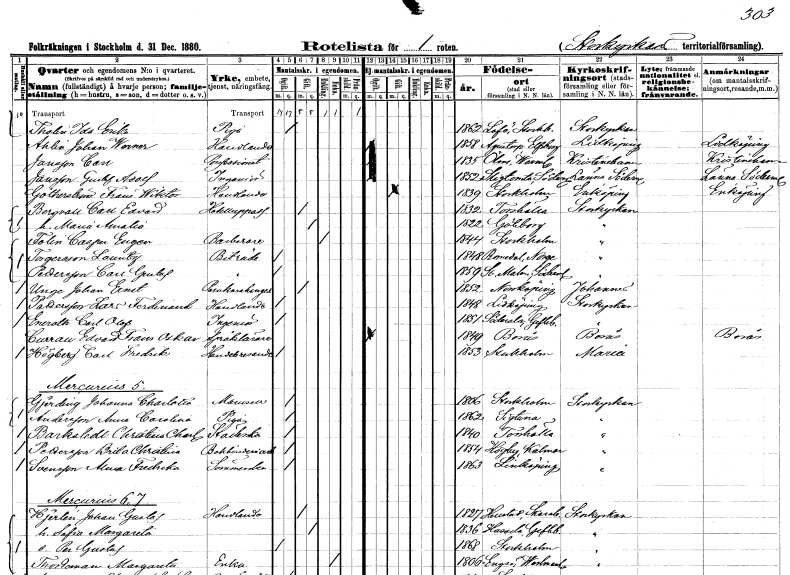
gt_parse: households: individuals: FN: Ida Erika
EN: Tholin
YRKE: Piga
KON: K
CIV: O
FODAR: 1862
FODFORS: Lovö Stockholms län
FN: Johan Werner
EN: Ahlin
YRKE: Handlande
KON: M
CIV: O
FODAR: 1858
FODFORS: Agnetorp Skaraborgs län
FN: Carl
EN: Jansson
YRKE: Possessionat
KON: M
CIV: O
FODAR: 1835
FODFORS: Ölme Värmlands län
FN: Gustaf Adolf
EN: Jansson
YRKE: Ingenjör
KON: M
CIV: O
FODAR: 1852
FODFORS: Stigtomta Södermanlands län
FN: Frans Wiktor
EN: Götherström
YRKE: Handlande
KON: M
CIV: O
FODAR: 1839
FODFORS: Stockholm
FN: Carl Edvard
EN: Bergvall
YRKE: Hotelluppassare
KON: M
CIV: G
FODAR: 1832
FODFORS: Torshälla Södermanlands län
FN: Maria Amalia
KON: K
CIV: G
FODAR: 1822
FODFORS: Göteborg Göteborgs- och Bohuslän
FN: Casper Eugen
EN: Folin
YRKE: Barberare
KON: M
CIV: E
FODAR: 1844
FODFORS: Stockholm
FN: Laurentz
EN: Torgersson
YRKE: Biträde
KON: M
CIV: O
FODAR: 1848
FN: Carl Gustaf
EN: Pettersson
YRKE: Biträde
KON: M
CIV: O
FODAR: 1859
FODFORS: Stora Malm Södermanlands län
FN: Johan Ernst
EN: Unge
YRKE: Perukmakaregesäll
KON: M
CIV: G
FODAR: 1852
FODFORS: Norrköping Östergötlands län
FN: Lars Ferdinand
EN: Pettersson
YRKE: Handlande
KON: M
CIV: O
FODAR: 1848
FODFORS: Lidköping Skaraborgs län
FN: Carl Olof
EN: Eneroth
YRKE: Ingenjör
KON: M
CIV: O
FODAR: 1851
FODFORS: Söderala Gävleborgs län
FN: Edvard Frans Oskar
EN: Currau
YRKE: Språklärare
KON: M
CIV: O
FODAR: 1849
FODFORS: Borås Älvsborgs län
FN: Carl Fredrik
EN: Högberg
YRKE: Handelsresande
KON: M
CIV: O
FODAR: 1853
FODFORS: Stockholm
FN: Johanna Charlotta
EN: Gjerding
KON: K
CIV: O
FODAR: 1806
FODFORS: Stockholm
FN: Anna Carolina
EN: Andersson
YRKE: Piga
KON: K
CIV: O
FODAR: 1862
FODFORS: Sigtuna Stockholms län
FN: Christina Charlotta
EN: Barkstedt
YRKE: Städerska
KON: K
CIV: O
FODAR: 1840
FODFORS: Torshälla Södermanlands län
FN: Brita Christina
EN: Pettersson
YRKE: Bokbinderiarbetare
KON: K
CIV: O
FODAR: 1854
FODFORS: Högby Kalmar län
FN: Anna Fredrika
EN: Svensson
YRKE: Sömmerska
KON: K
CIV: O
FODAR: 1863
FODFORS: Linköping Östergötlands län